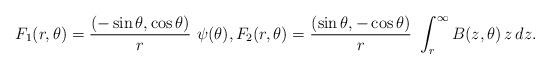
LaTeX: \begin{align*} F_1(r, \theta) = \frac{(-\sin\theta, \cos\theta) }{r}\ \psi(\theta), F_2(r,\theta) = \frac{(\sin\theta, -\cos\theta) }{r}\ \int_r^\infty B(z,\theta)\, z\, dz.\end{align*}